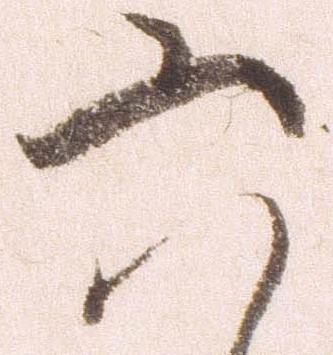
六